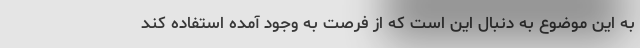
به این موضوع به دنبال این است که از فرصت به وجود آمده استفاده کند